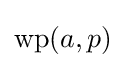
\operatorname {wp} (a,p)\,\!